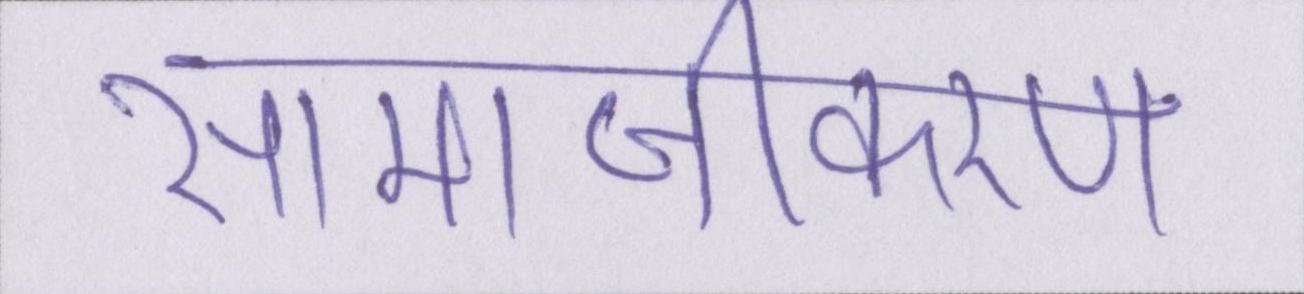
सामाजीकरण